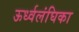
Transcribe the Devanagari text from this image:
ऊर्ध्वलंघिका